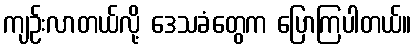
ကျဉ်းလာတယ်လို့ ဒေသခံတွေက ပြောကြပါတယ်။